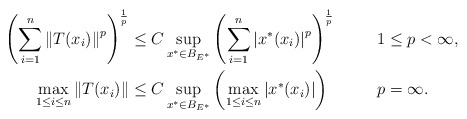
\begin{align*}\left(\sum_{i=1}^n\left\|T(x_i)\right\|^p\right)^{\frac{1}{p}}&\leq C \sup_{x^*\in B_{E^*}}\left(\sum_{i=1}^n\left|x^*(x_i)\right|^p\right)^{\frac{1}{p}}& &1\leq p<\infty, \\\max_{1\leq i\leq n}\left\|T(x_i)\right\|&\leq C \sup_{x^*\in B_{E^*}}\left(\max_{1\leq i\leq n}\left|x^*(x_i)\right|\right) & &p=\infty.\end{align*}